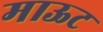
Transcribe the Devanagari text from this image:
माऊट